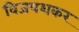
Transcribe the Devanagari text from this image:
विजयशकर